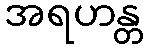
အရဟန္တ